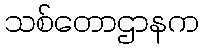
သစ်တောဌာနက